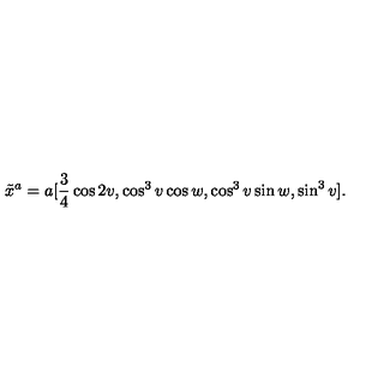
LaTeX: \tilde { x } ^ { a } = a [ \frac { 3 } { 4 } \cos 2 v , \cos ^ { 3 } v \cos w , \cos ^ { 3 } v \sin w , \sin ^ { 3 } v ] .